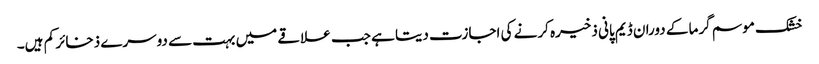
خشک موسم گرما کے دوران ڈیم پانی ذخیرہ کرنے کی اجازت دیتا ہے جب علاقے میں بہت سے دوسرے ذخائر کم ہیں۔